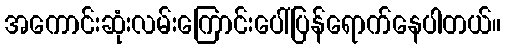
အကောင်းဆုံးလမ်းကြောင်းပေါ်ပြန်ရောက်နေပါတယ်။